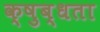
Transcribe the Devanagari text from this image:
क्षुब्धता